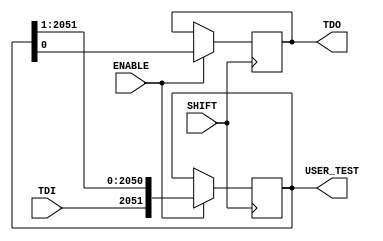
`timescale 1ns / 1ps
//////////////////////////////////////////////////////////////////////////////////
// Company: 
// Engineer: 
// 
// Design Name: 
// Module Name:    bist_user_test 
// Project Name: 
// Target Devices: 
// Tool versions: 
// Description: 
//
// Dependencies: 
//
// Revision: 
// Revision 0.01 - File Created
// Additional Comments: 
//
//////////////////////////////////////////////////////////////////////////////////
module bist_user_test(
    input TDI,
    input SHIFT,
    input ENABLE,
    output reg TDO,
	// [initial state] [input x] [expected output y]
    output reg [2051:0] USER_TEST
    );
	
	always @(posedge SHIFT) begin
		if (ENABLE) begin
			TDO <= USER_TEST[0];
			USER_TEST <= {TDI, USER_TEST[2051:1]};
		end
	end

endmodule